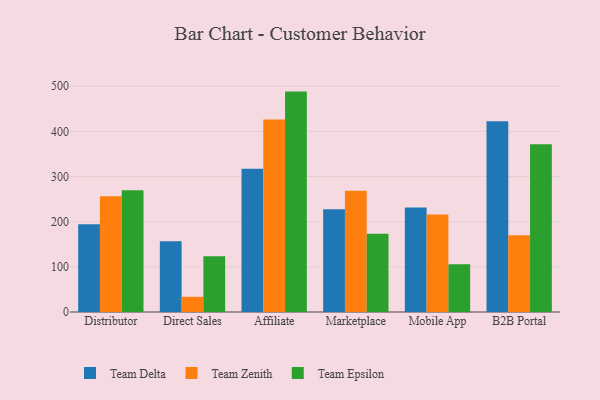
{"axis": {"x": "Channel", "y": "Conversion Rate (%)"}, "legend": ["Team Delta", "Team Epsilon", "Team Zenith"], "data": [{"x": "Distributor", "y": 194.2, "type": "Team Delta"}, {"x": "Distributor", "y": 256.2, "type": "Team Zenith"}, {"x": "Distributor", "y": 269.7, "type": "Team Epsilon"}, {"x": "Direct Sales", "y": 156.8, "type": "Team Delta"}, {"x": "Direct Sales", "y": 33.6, "type": "Team Zenith"}, {"x": "Direct Sales", "y": 123.7, "type": "Team Epsilon"}, {"x": "Affiliate", "y": 317.0, "type": "Team Delta"}, {"x": "Affiliate", "y": 426.4, "type": "Team Zenith"}, {"x": "Affiliate", "y": 488.1, "type": "Team Epsilon"}, {"x": "Marketplace", "y": 227.4, "type": "Team Delta"}, {"x": "Marketplace", "y": 268.6, "type": "Team Zenith"}, {"x": "Marketplace", "y": 173.2, "type": "Team Epsilon"}, {"x": "Mobile App", "y": 231.7, "type": "Team Delta"}, {"x": "Mobile App", "y": 216.2, "type": "Team Zenith"}, {"x": "Mobile App", "y": 105.8, "type": "Team Epsilon"}, {"x": "B2B Portal", "y": 422.3, "type": "Team Delta"}, {"x": "B2B Portal", "y": 169.9, "type": "Team Zenith"}, {"x": "B2B Portal", "y": 371.6, "type": "Team Epsilon"}]}